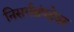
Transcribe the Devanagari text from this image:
निसर्गसंपदेवर